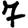
Digit: 7